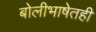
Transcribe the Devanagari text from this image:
बोलीभाषेतही